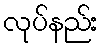
လုပ်နည်း